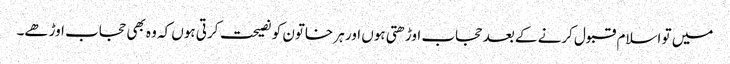
میں تو اسلام قبول کرنے کے بعد حجاب اوڑھتی ہوں اور ہر خاتون کو نصیحت کرتی ہوں کہ وہ بھی حجاب اوڑھے۔